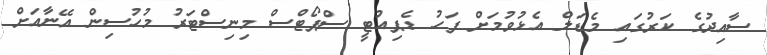
ސާއިދުގެ ކަރުގައި މެޑަލް އެޅުވުމަށް ފަހު ޑެޕިއުޓީ ސްޕޯޓްސް މިނިސްޓަރު މުހުސިން އޭނާއަށް